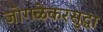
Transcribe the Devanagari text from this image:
जोगळेकरसुद्धा